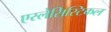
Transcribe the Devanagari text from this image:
एस्लेसिस्टिकल